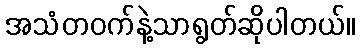
အသံတဝက်နဲ့သာရွတ်ဆိုပါတယ်။